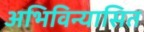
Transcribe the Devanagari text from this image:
अभिविन्यासित